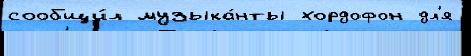
сообщи́л музыка́нты хордофон дл'я